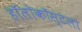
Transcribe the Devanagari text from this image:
हॉलोकॉस्टला